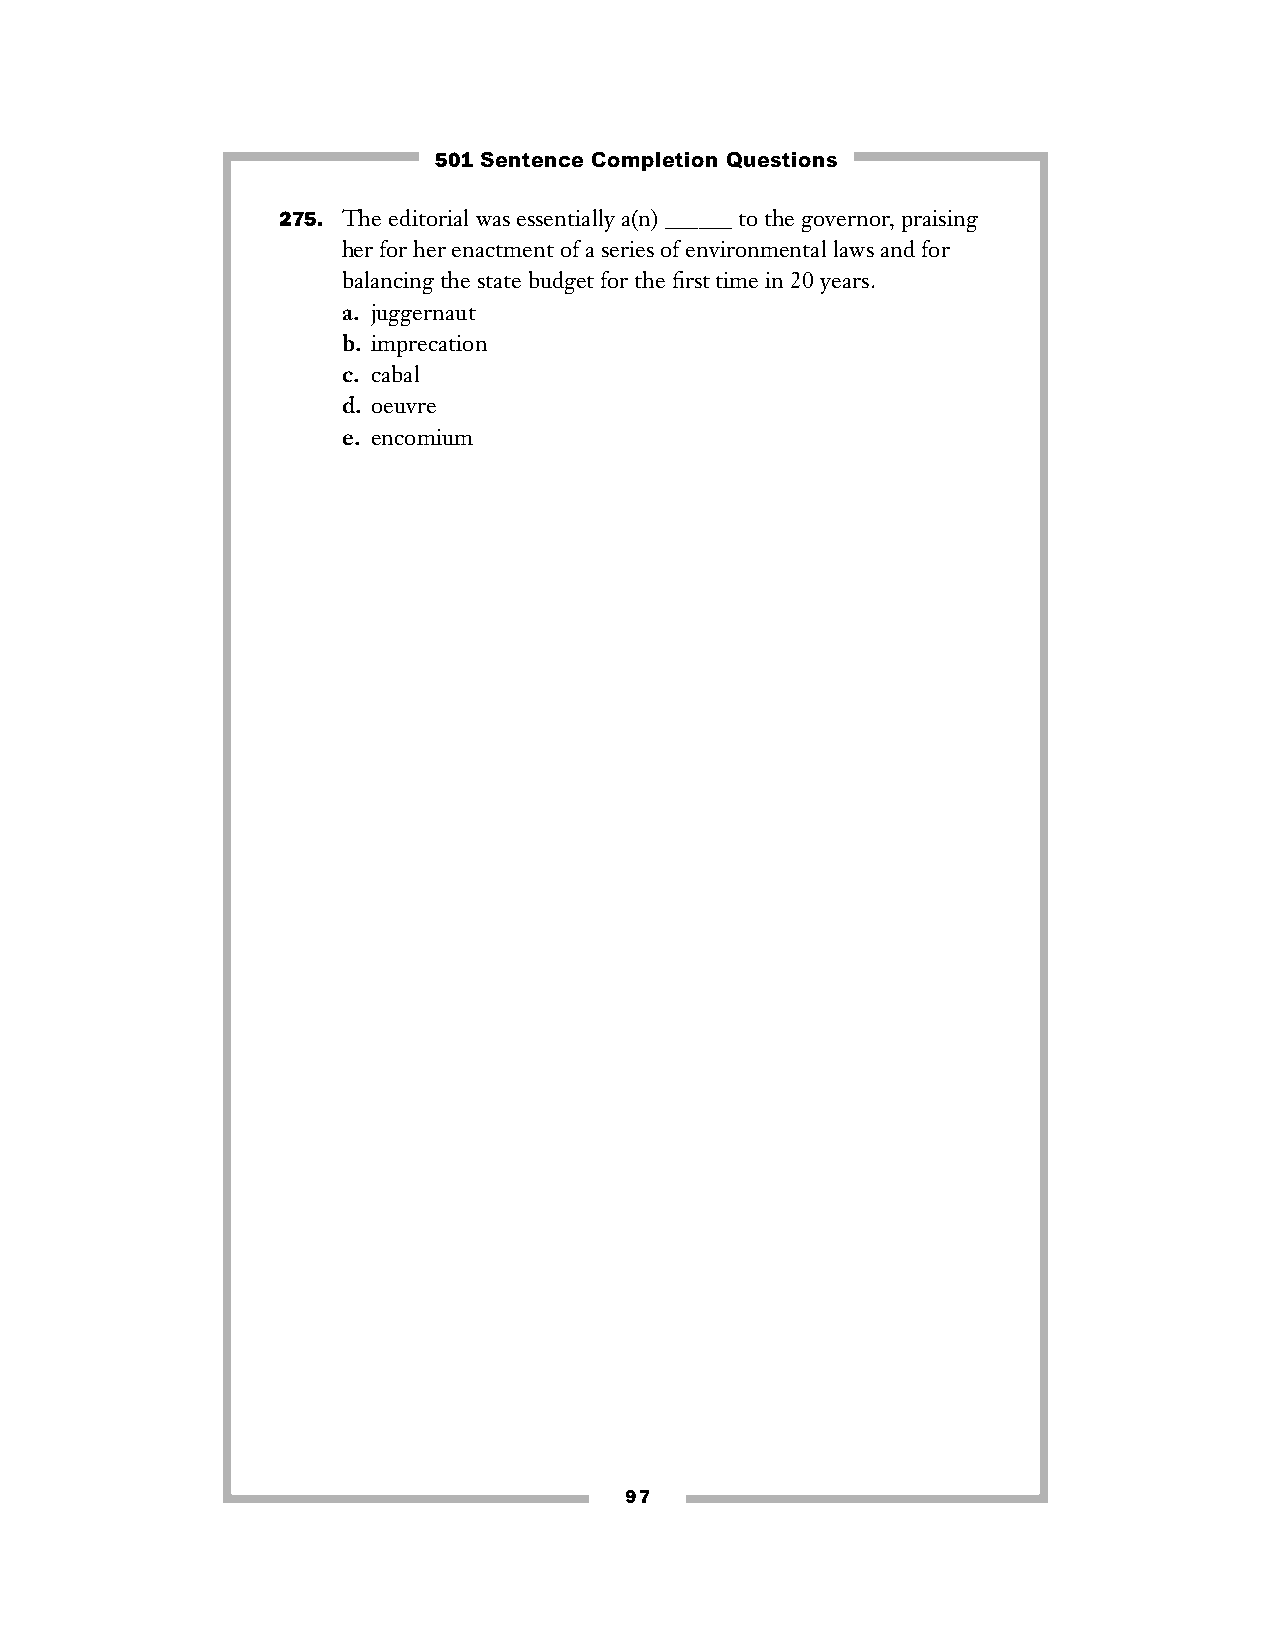
501 Sentence Completion Questions
 275. The editorial was essentially a(n) ______ to the governor, praising
 her for her enactment of a series of environmental laws and for
 balancing the state budget for the first time in 20 years.
 a. juggernaut
 b. imprecation
 c. cabal
 d. oeuvre
 e. encomium
 97